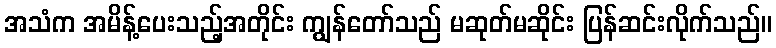
အသံက အမိန့်ပေးသည့်အတိုင်း ကျွန်တော်သည် မဆုတ်မဆိုင်း ပြန်ဆင်းလိုက်သည်။